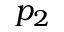
p _ { 2 }